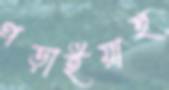
পড়াইয়াছ